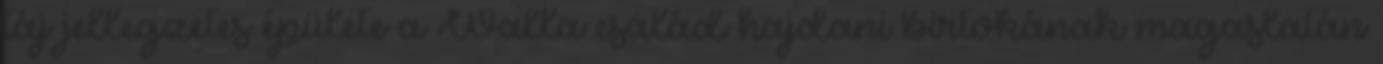
táj jellegzetes épülete a Walla család hajdani birtokának magaslatán